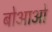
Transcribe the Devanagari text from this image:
बोआओ